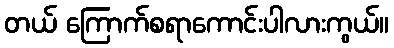
တယ် ကြောက်စရာကောင်းပါလားကွယ်။